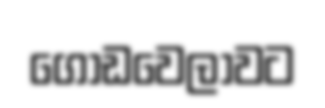
ගොඩවෙලාවට